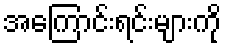
အကြောင်းရင်းများကို